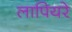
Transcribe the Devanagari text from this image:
लापियरे